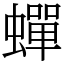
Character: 蟬